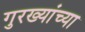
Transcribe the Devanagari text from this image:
गुरख्यांच्या